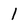
Character: 1